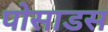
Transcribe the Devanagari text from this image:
पोसाडस